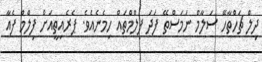
ދިލް ޗަހްތާހޭ ސަލާމް ނަމަސްތޭ ފަދަ ފިލްމްތައް ހިމެނެއެވެ. ޕެރެއިތީއަށް ފިލްމް ފެއާ